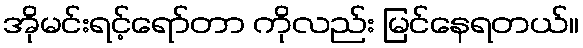
အိုမင်းရင့်ရော်တာ ကိုလည်း မြင်နေရတယ်။